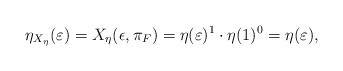
LaTeX: \begin{align*} \eta_{X_\eta}(\varepsilon) &=X_\eta(\epsilon,\pi_F)=\eta(\varepsilon)^{1}\cdot \eta(1)^0=\eta(\varepsilon), \end{align*}